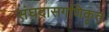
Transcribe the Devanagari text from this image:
संघदासगणिकृत